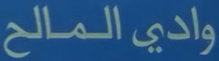
وادي المالح